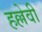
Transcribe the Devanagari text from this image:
हल्लेवी